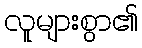
လူများစွာ၏